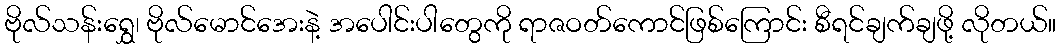
ဗိုလ်သန်းရွှေ၊ ဗိုလ်မောင်အေးနဲ့ အပေါင်းပါတွေကို ရာဇဝတ်ကောင်ဖြစ်ကြောင်း စီရင်ချက်ချဖို့ လိုတယ်။